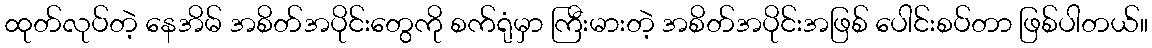
ထုတ်လုပ်တဲ့ နေအိမ် အစိတ်အပိုင်းတွေကို စက်ရုံမှာ ကြီးမားတဲ့ အစိတ်အပိုင်းအဖြစ် ပေါင်းစပ်တာ ဖြစ်ပါတယ်။